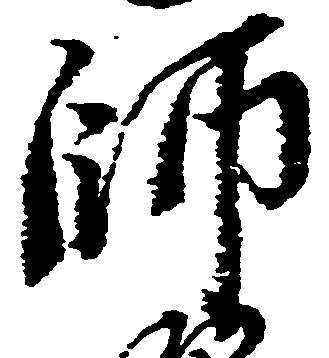
師